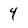
Character: 4